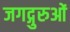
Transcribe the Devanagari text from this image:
जगद्गुरुओं